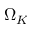
\Omega _ { K }